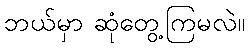
ဘယ်မှာ ဆုံတွေ့ကြမလဲ။